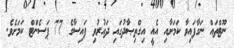
ނޫޓްތައް ނަގާފައިވާ ކަމަށާއި އެއީ އިގްތިޞާދުގައި ދައުރުވި ފައިސާގެ 77 ޕަސެންޓް ކަމަށެވެ.